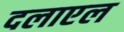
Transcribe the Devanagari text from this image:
दलाएल